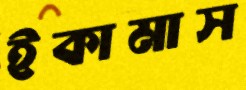
ইকামাস